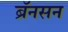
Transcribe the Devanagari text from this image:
ब्रॅनसन